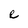
Character: e